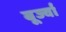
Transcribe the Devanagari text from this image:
बूर्ज्वा